Lunatic asylums Madras 1877-1891 - 1877-1891
Year: 1877
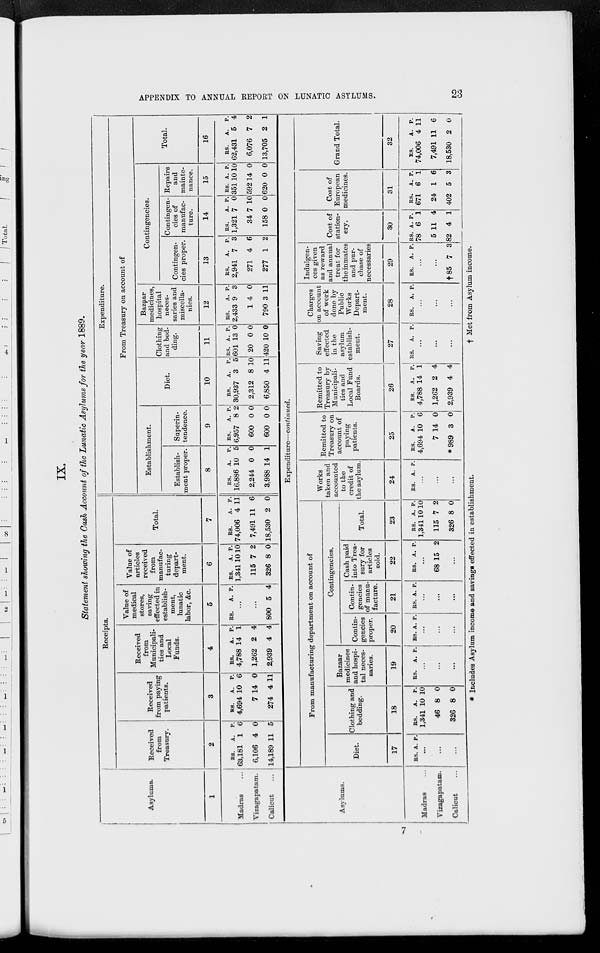
APPENDIX TO ANNUAL REPORT ON LUNATIC ASYLUMS.
23
IX.
Statement showing the Cash Account of the Lunatic Asylums for the year 1889.
Asylums.
1
Madras ...
Vizagapatam.
Calicut ...
Receipts.
Received
from
Treasury.
2
RS.
63,181
6,106
14,189
A.
1
4
11
P.
6
0
5
Received
from paying
patients.
3
RS.
4,694
7
274
A.
10
14
4
P.
6
0
11
Received
from
Municipali-
ties and
Local
Funds.
4
RS.
4,788
1,262
2,939
A.
14
2
4
P.
1
4
4
Value of
medical
stores,
saving
effected in
establish-
ment,
lunatic
labor, &c.
5
RS.
A. P.
...
...
800 5 4
Value of
articles
received
from
manufac-
turing
depart-
ment.
6
RS.
1,341
115
326
A.
10
7
8
P.
10
2
0
Total.
7
RS.
74,006
7,491
18,530
A.
4
11
2
P.
11
6
0
Expenditure.
From Treasury on account of
Establishment.
Establish-
ment proper.
8
RS.
16,886
2,244
3,988
A.
10
0
14
P.
5
0
1
Superin-
tendence.
9
RS.
6,957
600
600
A.
8
0
0
P.
2
0
0
Diet.
10
RS.
30,937
2,312
6,850
A.
3
8
4
P.
5
10
11
Clothing
and bed-
ding.
11
RS.
601
20
420
A.
13
0
10
P.
0
0
0
Bazaar
medicines,
hospital
neces-
saries and
miscella-
nies.
12
RS.
2,433
1
790
A.
9
4
3
P.
3
0
11
Contingencies.
Contingen-
cies proper.
13
RS.
2,941
271
277
A.
7
4
1
P.
3
6
2
Contingen-
cies of
manufac-
ture.
14
RS.
1,321
34
158
A.
7
7
0
P.
0
10
0
Repairs
and
mainte-
nance.
15
RS.
351
592
620
A.
10
14
0
P.
10
0
0
Total.
16
RS.
62,431
6,076
13,705
A.
5
7
2
P.
4
2
1
Asylums.
Madras ...
Vizagapatam.
Calicut ...
Expenditure—continued.
From manufacturing department on account of
Diet.
17
RS. A. P.
...
...
...
Clothing and
bedding.
18
RS.
1,341
46
326
A.
10
8
8
P.
10
0
0
Bazaar
medicines
and hospi-
tal neces-
saries.
19
RS. A. P.
...
...
...
Contingencies.
Contin-
gencies
proper.
20
RS. A P.
...
...
...
Contin-
gencies
of manu-
facture.
21
RS. A. P.
...
...
...
Cash paid
into Trea-
sury for
articles
sold.
22
RS. A. P.
...
68 15 2
...
Total.
23
RS.
1,341
115
326
A.
10
7
8
P.
10
2
0
Works
taken and
accounted
to the
credit of
the asylum.
24
RS. A. P.
...
...
...
Remitted to
Treasury on
account of
paying
patients.
25
RS.
4,694
7
*989
A.
10
14
3
P.
6
0
0
Remitted to
Treasury by
Municipali-
ties and
Local Fund
Boards.
26
RS.
4,788
1,262
2,939
A.
14
2
4
P.
1
4
4
Saving
effected
in the
asylum
establish-
ment.
27
RS.
A. P.
...
...
...
Charges
on account
of work
done by
Public
Works
Depart-
ment.
28
RS.
A. P.
...
...
...
Indulgen-
ces given
as reward
and annual
treat for
the inmates
and pur-
chase of
necessaries
29
RS. A. P.
...
...
†85
7 3
Cost of
station-
ery.
30
RS.
78
5
82
A.
6
11
4
P.
1
4
1
Cost of
European
medicines.
31
RS.
671
24
402
A.
6
1
5
P.
1
6
3
Grand Total.
32
RS.
74,006
7,491
18,530
A.
4
11
2
P.
11
6
0
†Met from Asylum income.
* Includes Asylum income and savings effected in establishment.
7